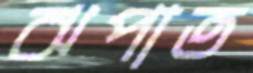
ঝপাত